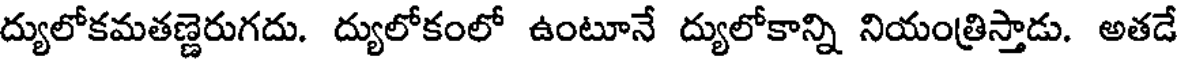
ద్యులోకమతణ్ణెరుగదు. ద్యులోకంలో ఉంటూనే ద్యులోకాన్ని నియంత్రిస్తాడు. అతడే